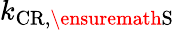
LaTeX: k_{\mathrm{CR},\ensuremath{\mathrm{S}}}